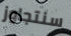
سنتجاوز